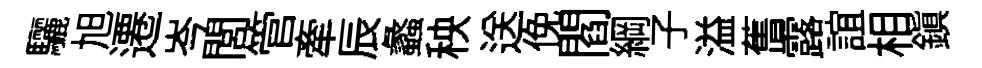
驪旭遷岑閭管牽辰蠡秧送俛閻綱子溢𦾔露誼相鎮